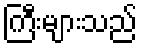
ကြီးများသည်